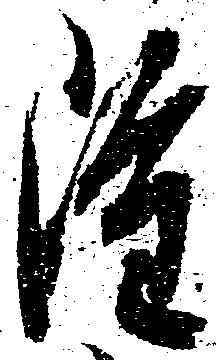
雖